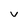
Character: v